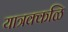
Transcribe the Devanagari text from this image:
यात्रक्कळि